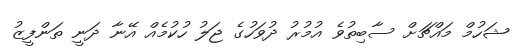
ޝަހުމް މައްޗަށް ސާބިތުވެ އުމުރު ދުވަހުގެ ޖަލު ހުކުމެއް އޭނާ ދަނީ ތަންފީޒު